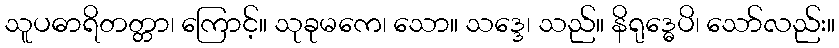
သူပဓာရိတတ္တာ၊ ကြောင့်။ သုခုမကေ၊ သော။ သဒ္ဒေ၊ သည်။ နိရုဒ္ဓေပိ၊ သော်လည်း။